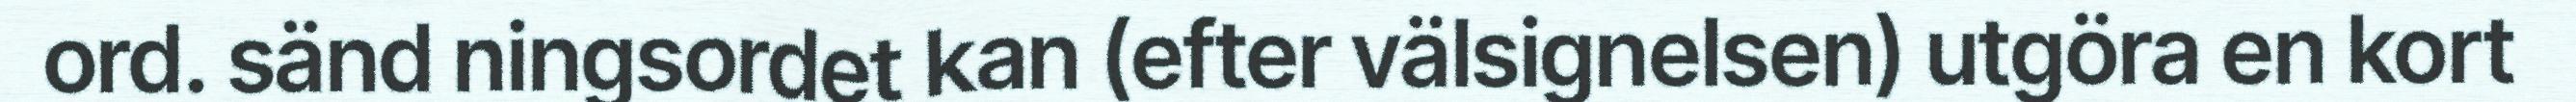
ord. sänd ningsordet kan (efter välsignelsen) utgöra en kort